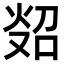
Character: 𪸲